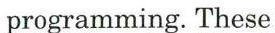
 programming. These